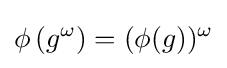
\phi \left(g^{\omega }\right)=(\phi (g))^{\omega }